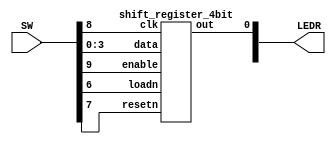
`timescale 1ns / 1ps
`default_nettype none

module top(SW, LEDR);
	input [9:0]SW;
	output [9:0]LEDR;

	shift_register_4bit u0(SW[9], SW[8], SW[7], SW[6], SW[3:0], LEDR[0]);

endmodule

module shift_register_4bit(input enable, clk, resetn, loadn, input [3:0]data, output out);
	reg [3:0]Q = {4{1'b0}};
	
	always@(posedge clk) begin
		if(resetn==0)
			Q<=0;
		else if(loadn==0) begin
			Q<=data;
		end
		
		else if(enable) begin
			Q[3] <= 1'b0;
			Q[2] <= Q[3];
			Q[1] <= Q[2];
			Q[0] <= Q[1];
		end
	end
	assign out = Q[0];
endmodule